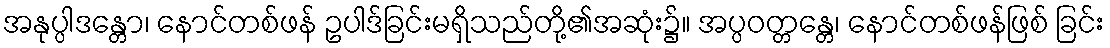
အနုပ္ပါဒန္တော၊ နောင်တစ်ဖန် ဥပါဒ်ခြင်းမရှိသည်တို့၏အဆုံး၌။ အပ္ပဝတ္တန္တေ၊ နောင်တစ်ဖန်ဖြစ် ခြင်း